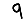
Digit: 9